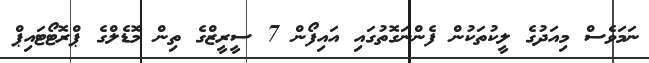
ނަމަވެސް މިއަދުގެ ލީކުތަކުން ފެންނަގޮތުގައި އައިފޯން 7 ސީރީޒްގެ ތިން މޮޑެލްގެ ޕްރޮޓޯޓައިޕް